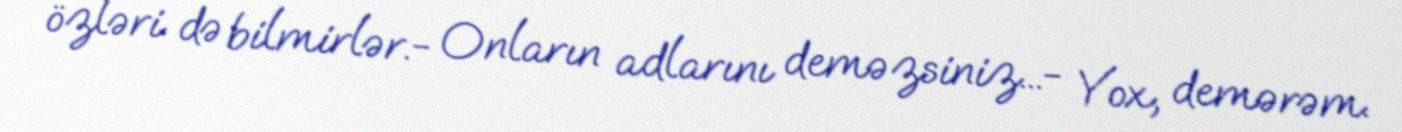
özləri də bilmirlər.- Onların adlarını deməzsiniz...- Yox, demərəm.